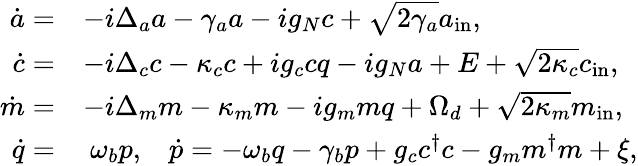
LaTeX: \begin{array}{rl}{\dot{a}=}&{-i\Delta_{a}a-\gamma_{a}a-ig_{N}c+\sqrt{2\gamma_{a}}a_{\mathrm{in}},}\\ {\dot{c}=}&{-i\Delta_{c}c-\kappa_{c}c+ig_{c}cq-ig_{N}a+E+\sqrt{2\kappa_{c}}c_{\mathrm{in}},}\\ {\dot{m}=}&{-i\Delta_{m}m-\kappa_{m}m-ig_{m}mq+\Omega_{d}+\sqrt{2\kappa_{m}}m_{\mathrm{in}},}\\ {\dot{q}=}&{\ \omega_{b}p,\, \, \, \, \, \dot{p}=-\omega_{b}q-\gamma_{b}p+g_{c}c^{\dagger}c-g_{m}m^{\dagger}m+\xi,}\end{array}